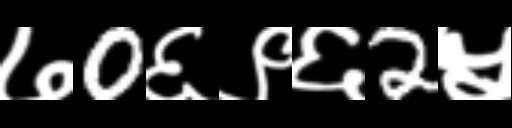
Text: ७0६९६2५